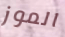
الموز